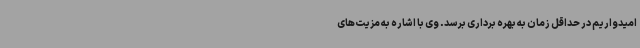
امیدواریم در حداقل زمان به بهره برداری برسد. وی با اشاره به مزیت‌های